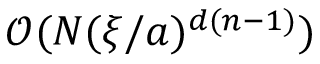
\mathcal { O } ( N ( \xi / a ) ^ { d ( n - 1 ) } )